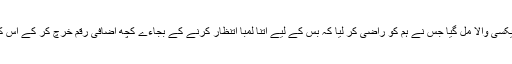
اخلتس ایخ کے بس اڈے پہ ایک ٹیکسی والا مل گیا جس نے ہم کو راضی کر لیا کہ بس کے لیے اتنا لمبا اتنظار کرنے کے بجاءے کچھ اضافی رقم خرچ کر کے اس کے ساتھ اخل قلاقی جانا بہتر ہے۔